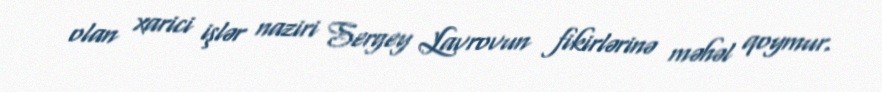
olan xarici işlər naziri Sergey Lavrovun fikirlərinə məhəl qoymur.